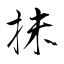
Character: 抺